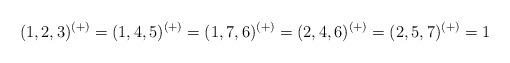
LaTeX: \begin{align*}(1,2,3)^{(+)}=(1,4,5)^{(+)}=(1,7,6)^{(+)}=(2,4,6)^{(+)}=(2,5,7)^{(+)}=1\end{align*}